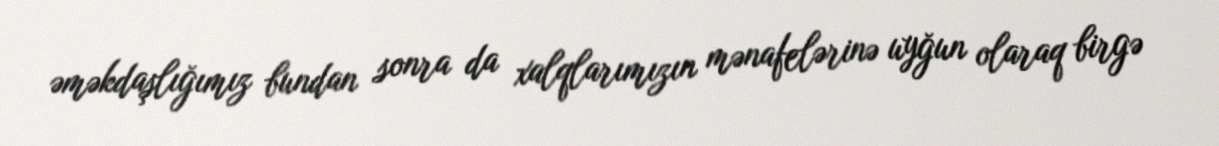
əməkdaşlığımız bundan sonra da xalqlarımızın mənafelərinə uyğun olaraq birgə